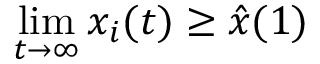
\operatorname* { l i m } _ { t \to \infty } x _ { i } ( t ) \geq \hat { x } ( 1 )